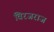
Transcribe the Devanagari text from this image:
विरजराज